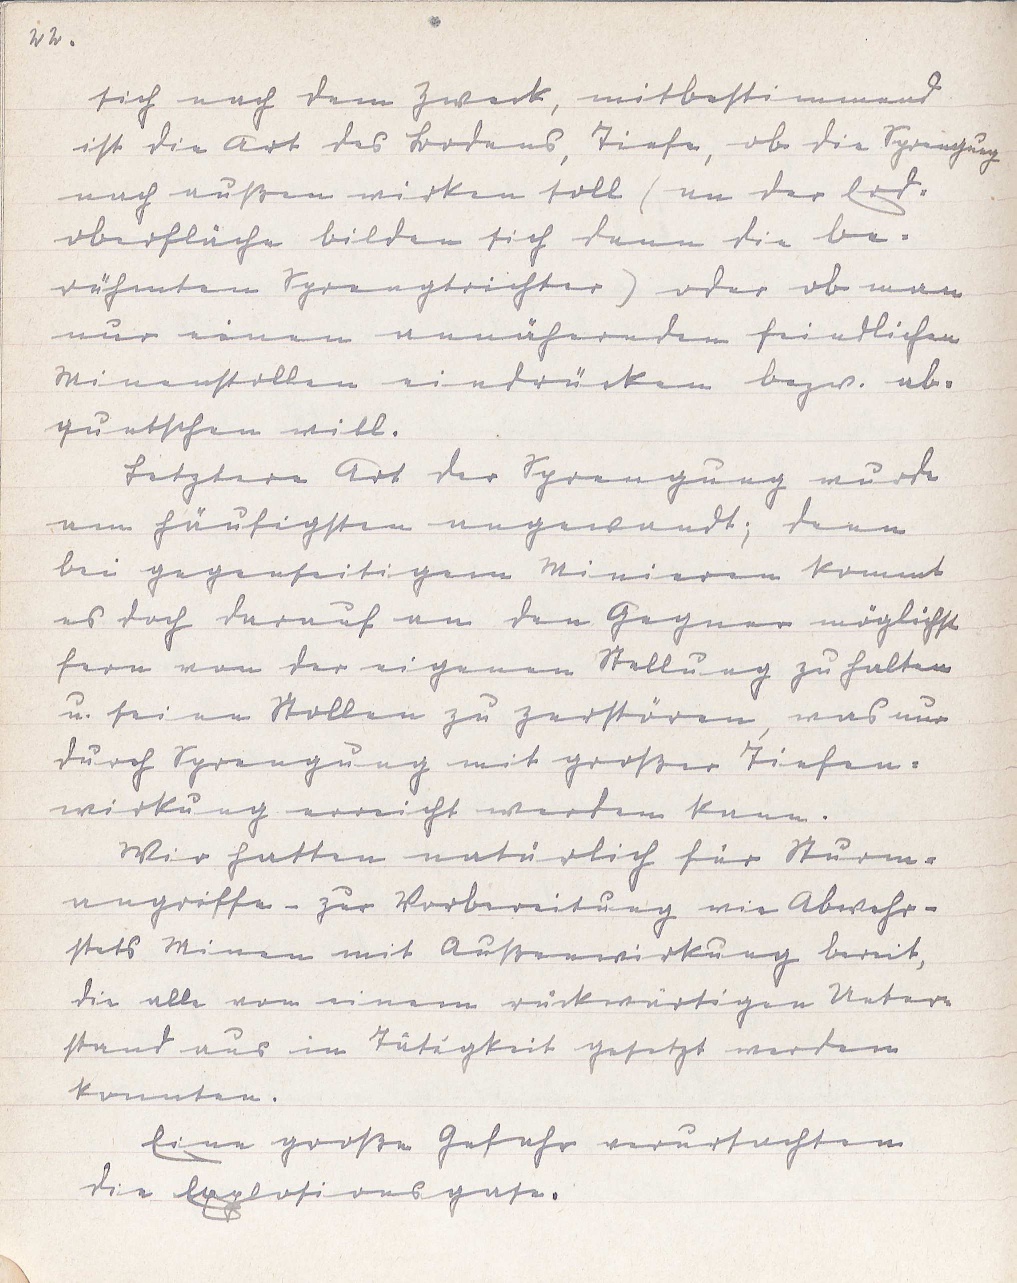
22.
sich nach dem Zweck, mitbestimmend
ist die Art des Bodens, Tiefe, ob die Sprengung
nach außen wirken soll (an der Erd¬
oberfläche bilden sich dann die be¬
rühmten Sprengtrichter) oder ob man
nur einen annähernden feindlichen
Minenstollen eindrücken bezw. ab¬
quetschen will.
Letztere Art der Sprengung wurde
am häufigsten angewandt; denn
bei gegenseitigem Minieren kommt
es doch darauf an den Gegnern möglichst
fern von der eigenen Stellung zu halten
u. seine Stollen zu zerstören, was nur
durch Sprengung mit großer Tiefen¬
wirkung erreicht werden kann.
Wir hatten natürlich für Sturm¬
angriffe - zur Vorbereitung wie Abwehr -
stets Minen mit Außenwirkung bereit,
die alle von einem rückwärtigen Unter¬
stand aus in Tätigkeit gesetzt werden
konnten.
Eine große Gefahr verursachten
die Explosionsgase.